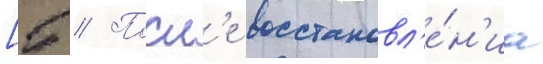
[5 // Посл'е восстановл'е́н'иа